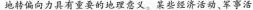
地转偏向力具有重要的地理意义。某些经济活动、军事活